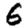
Digit: 6